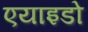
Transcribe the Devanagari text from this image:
एयाइडो